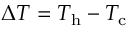
\Delta T = T _ { \mathrm { h } } - T _ { \mathrm { c } }